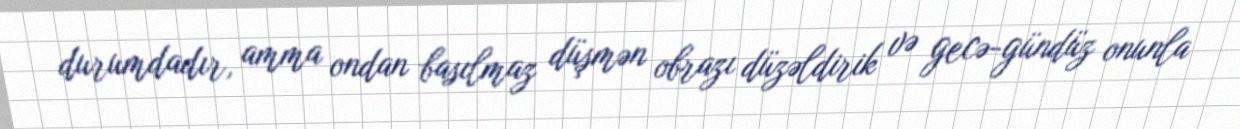
durumdadır, amma ondan basılmaz düşmən obrazı düzəldirik və gecə-gündüz onunla